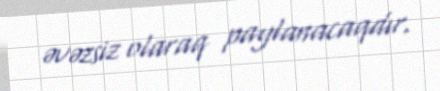
əvəzsiz olaraq paylanacaqdır.